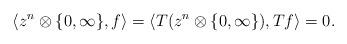
LaTeX: \begin{align*} \langle z^n \otimes\lbrace0, \infty\rbrace, f \rangle= \langle T(z^n \otimes\lbrace0, \infty\rbrace), Tf \rangle=0. \end{align*}